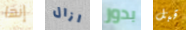
إنها ازال بدور قبل